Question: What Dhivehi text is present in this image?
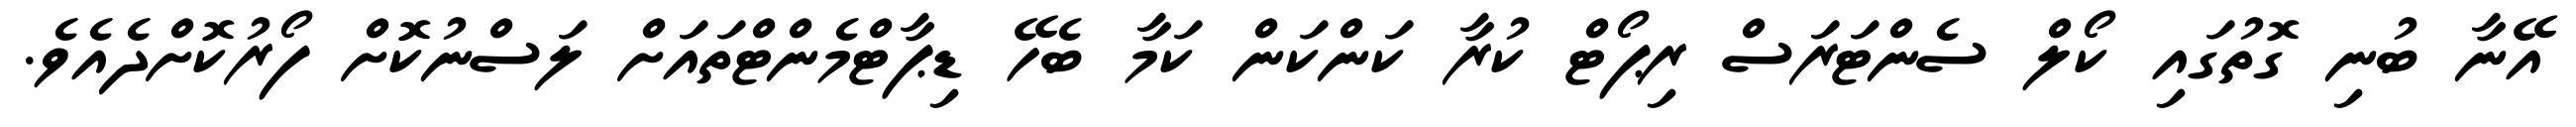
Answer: އޭނާ ބުނި ގޮތުގައި ކޯލް ސެންޓަރަސް ރިޕޯޓް ކުރާ ކަންކަން ކަމާ ބެހޭ ޑިޕާޓްމެންޓްތައަށް ލަސްނުކޮށް ފޯރުކޮށްދެއެވެ.